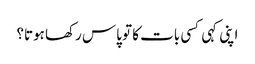
اپنی کہی کسی بات کا تو پاس رکھا ہوتا؟